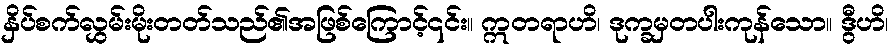
နှိပ်စက်လွှမ်းမိုးတတ်သည်၏အဖြစ်ကြောင့်၎င်း။ ဣတရာဟိ၊ ဒုက္ခမှတပါးကုန်သော။ ဒွီဟိ၊